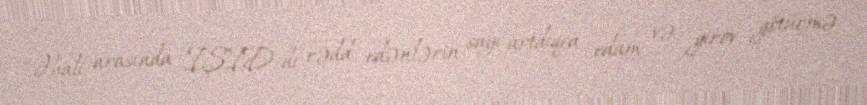
“Əhali arasında İŞİD-di rədd edənlərin sayı artdıqca edam və girov götürmə